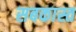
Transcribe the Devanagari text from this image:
सबकास्त